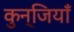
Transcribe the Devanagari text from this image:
कुन्जियाँ